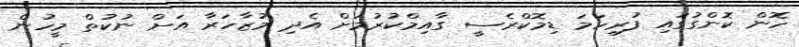
ހޮން ކޮންގުގައި ފުރިހަމަ ޑިމޮކްރެސީ ގާއިމްކުރުމަށް އެދި މުޒާހަރާ އަށް ނުކުތް މީހުން